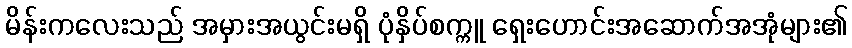
မိန်းကလေးသည် အမှားအယွင်းမရှိ ပုံနှိပ်စက္ကူ ရှေးဟောင်းအဆောက်အအုံများ၏